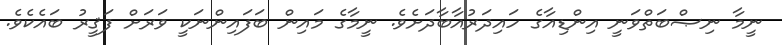
ނީމާ ނިޞްބަތްވަނީ އިންޑިއާގެ ހައިދަރުއާބާދަށެވެ. ނީމާގެ މައިން ބަފައިންނަކީ ވަރަށް ފަޤީރު ބައެކެވެ.